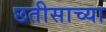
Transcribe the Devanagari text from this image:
छतीसाच्या